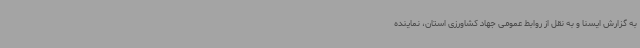
به گزارش ایسنا و به نقل از روابط عمومی جهاد کشاورزی استان، نماینده